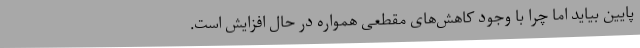
پایین بیاید اما چرا با وجود کاهش‌های مقطعی همواره در حال افزایش است.